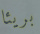
بريئا